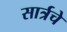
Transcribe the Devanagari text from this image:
सार्त्रचे